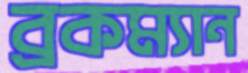
ব্রকম্যান